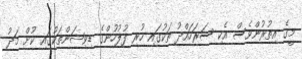
މީގެ އިތުރުންވެސް އެކި ސަރަހައްދު ތަކުގައި ހުރި ފުލުހުންގެ ޑިވިޝަންތަކުގައި ކުށް މަދު